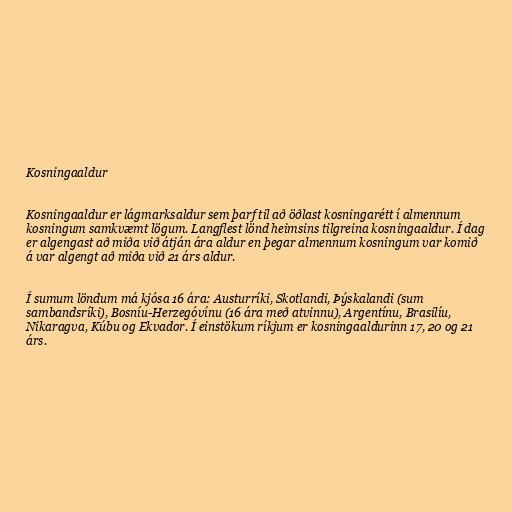
Kosningaaldur

Kosningaaldur er lágmarksaldur sem þarf til að öðlast kosningarétt í almennum
kosningum samkvæmt lögum. Langflest lönd heimsins tilgreina kosningaaldur. Í dag
er algengast að miða við átján ára aldur en þegar almennum kosningum var komið
á var algengt að miða við 21 árs aldur.

Í sumum löndum má kjósa 16 ára: Austurríki, Skotlandi, Þýskalandi (sum
sambandsríki), Bosníu-Herzegóvínu (16 ára með atvinnu), Argentínu, Brasilíu,
Nikaragva, Kúbu og Ekvador. Í einstökum ríkjum er kosningaaldurinn 17, 20 og 21
árs.